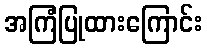
အကြံပြုထားကြောင်း